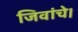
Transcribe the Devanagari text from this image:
जिवांचे।